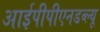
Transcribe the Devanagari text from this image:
आईपीपीएनडब्ल्यू